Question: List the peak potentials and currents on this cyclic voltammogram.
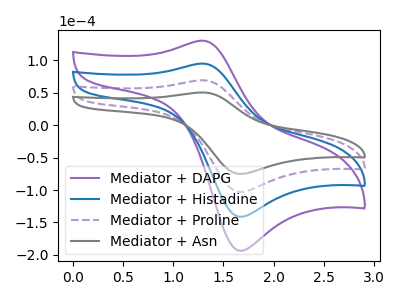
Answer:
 <answer>The purple curve "Mediator + DAPG" has an anodic peak at (1.30V, 208.05uA) and a cathodic peak at (1.70V, -308.60uA). The blue curve "Mediator + Histadine" has an anodic peak at (1.30V, 138.70uA) and a cathodic peak at (1.70V, -205.75uA). The purple dashed curve "Mediator + Proline" has an anodic peak at (1.30V, 69.35uA) and a cathodic peak at (1.70V, -102.85uA). The gray curve "Mediator + Asn" has an anodic peak at (1.30V, 50.55uA) and a cathodic peak at (1.70V, -75.00uA).</answer>
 <eval></eval>